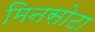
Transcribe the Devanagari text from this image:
मिनसोटा